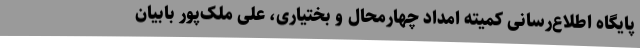
پایگاه اطلاع‌رسانی کمیته امداد چهارمحال و بختیاری، علی ملک‌پور بابیان